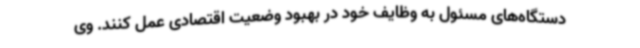
دستگاه‌های مسئول به وظایف خود در بهبود وضعیت اقتصادی عمل کنند. وی